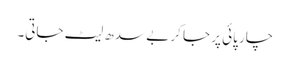
چار پائی پر جا کر بے سدھ لیٹ جاتی۔